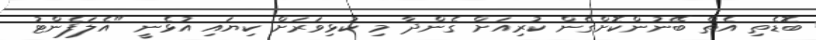
ބޮޑެތި އެތް ބޭނުންކޮށްގެން ކުރިއަށް ގެންދާ މި ކުޅިވަރަށް ކިޔައި އުޅެނީ "އެލަފެންޓު